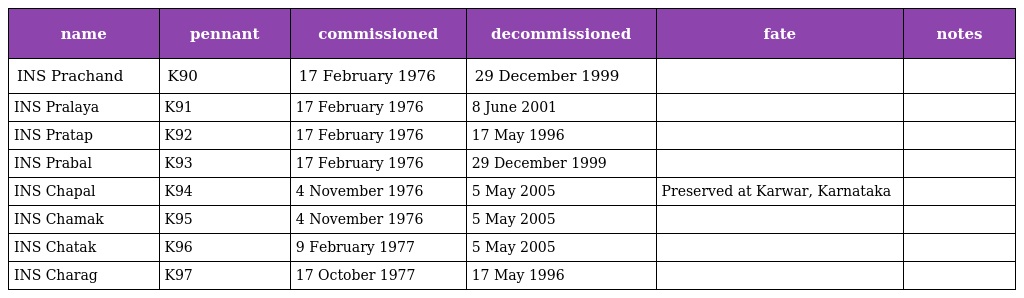
| name | pennant | commissioned | decommissioned | fate | notes |
 | --- | --- | --- | --- | --- | --- |
 | INS Prachand | K90 | 17 February 1976 | 29 December 1999 |  |  |
 | INS Pralaya | K91 | 17 February 1976 | 8 June 2001 |  |  |
 | INS Pratap | K92 | 17 February 1976 | 17 May 1996 |  |  |
 | INS Prabal | K93 | 17 February 1976 | 29 December 1999 |  |  |
 | INS Chapal | K94 | 4 November 1976 | 5 May 2005 | Preserved at Karwar, Karnataka |  |
 | INS Chamak | K95 | 4 November 1976 | 5 May 2005 |  |  |
 | INS Chatak | K96 | 9 February 1977 | 5 May 2005 |  |  |
 | INS Charag | K97 | 17 October 1977 | 17 May 1996 |  |  |